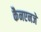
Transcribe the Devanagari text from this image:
कैनएनजे